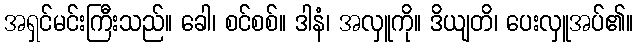
အရှင်မင်းကြီးသည်။ ခေါ၊ စင်စစ်။ ဒါနံ၊ အလှူကို။ ဒိယျတိ၊ ပေးလှူအပ်၏။